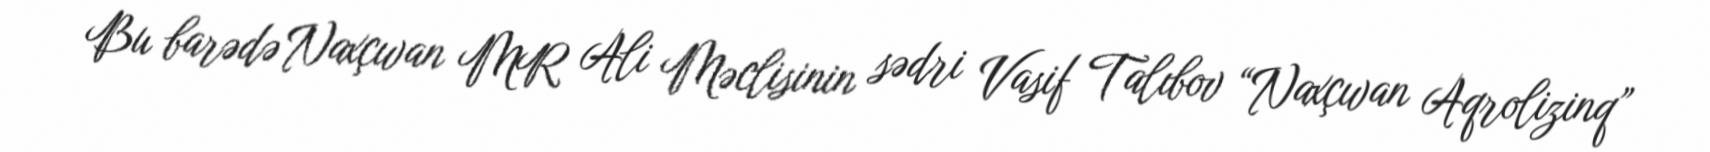
Bu barədə Naxçıvan MR Ali Məclisinin sədri Vasif Talıbov “Naxçıvan Aqrolizinq”